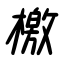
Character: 檄